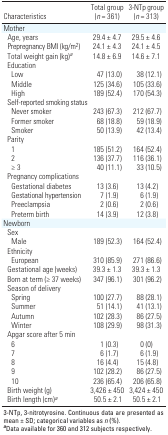
<table><thead><tr><td><b>Characteristics</b></td><td><b>Total group (<i>n </i>= 361)</b></td><td><b>3-NTp group (<i>n </i>= 313)</b></td></tr></thead><tbody><tr><td><b>Mother</b></td></tr><tr><td><b>Age, years</b></td><td>29.4 ± 4.7</td><td>29.5 ± 4.6</td></tr><tr><td><b>Prepregnancy BMI (kg/m<sup>2</sup>)</b></td><td>24.1 ± 4.3</td><td>24.1 ± 4.5</td></tr><tr><td><b>Total weight gain (kg)<sup><i>a</i></sup></b></td><td>14.8 ± 6.9</td><td>14.6 ± 7.1</td></tr><tr><td><b>Education </b></td></tr><tr><td><b>Low</b></td><td>47 (13.0)</td><td>38 (12.1)</td></tr><tr><td><b>Middle</b></td><td>125 (34.6)</td><td>105 (33.6)</td></tr><tr><td><b>High</b></td><td>189 (52.4)</td><td>170 (54.3)</td></tr><tr><td><b>Self-reported smoking status </b></td></tr><tr><td><b>Never smoker</b></td><td>243 (67.3)</td><td>212 (67.7)</td></tr><tr><td><b>Former smoker</b></td><td>68 (18.8)</td><td>59 (18.9)</td></tr><tr><td><b>Smoker</b></td><td>50 (13.9)</td><td>42 (13.4)</td></tr><tr><td><b>Parity</b></td></tr><tr><td><b>1</b></td><td>185 (51.2)</td><td>164 (52.4)</td></tr><tr><td><b>2</b></td><td>136 (37.7)</td><td>116 (36.1)</td></tr><tr><td><b>≥ 3</b></td><td>40 (11.1)</td><td>33 (10.5)</td></tr><tr><td><b>Pregnancy complications</b></td></tr><tr><td><b>Gestational diabetes</b></td><td>13 (3.6)</td><td>13 (4.2)</td></tr><tr><td><b>Gestational hypertension</b></td><td>7 (1.9)</td><td>6 (1.9)</td></tr><tr><td><b>Preeclampsia</b></td><td>2 (0.6)</td><td>2 (0.6)</td></tr><tr><td><b>Preterm birth</b></td><td>14 (3.9)</td><td>12 (3.8)</td></tr><tr><td><b>Newborn</b></td></tr><tr><td><b>Sex</b></td></tr><tr><td><b>Male </b></td><td>189 (52.3)</td><td>164 (52.4)</td></tr><tr><td><b>Ethnicity</b></td></tr><tr><td><b>European</b></td><td>310 (85.9)</td><td>271 (86.6)</td></tr><tr><td><b>Gestational age (weeks)</b></td><td>39.3 ± 1.3</td><td>39.3 ± 1.3</td></tr><tr><td><b>Born at term (≥ 37 weeks)</b></td><td>347 (96.1)</td><td>301 (96.2)</td></tr><tr><td><b>Season of delivery</b></td></tr><tr><td><b>Spring</b></td><td>100 (27.7)</td><td>88 (28.1)</td></tr><tr><td><b>Summer</b></td><td>51 (14.1)</td><td>41 (13.1)</td></tr><tr><td><b>Autumn</b></td><td>102 (28.3)</td><td>86 (27.5)</td></tr><tr><td><b>Winter</b></td><td>108 (29.9)</td><td>98 (31.3)</td></tr><tr><td><b>Apgar score after 5 min</b></td></tr><tr><td><b>6</b></td><td>1 (0.3)</td><td>0 (0)</td></tr><tr><td><b>7</b></td><td>6 (1.7)</td><td>6 (1.9)</td></tr><tr><td><b>8</b></td><td>16 (4.4)</td><td>15 (4.8)</td></tr><tr><td><b>9</b></td><td>102 (28.2)</td><td>86 (27.5)</td></tr><tr><td><b>10</b></td><td>236 (65.4)</td><td>206 (65.8)</td></tr><tr><td><b>Birth weight (g)</b></td><td>3,426 ± 450</td><td>3,424 ± 450</td></tr><tr><td><b>Birth length (cm)<sup><i>a</i></sup></b></td><td> 50.5 ± 2.1</td><td> 50.5 ± 2.1</td></tr><tr><td colspan="3">3-NTp, 3-nitrotyrosine. Continuous data are presented as mean ± SD; categorical variables as <i>n</i> (%). <sup><i><b>a</b></i></sup>Data available for 360 and 312 subjects respectively.</td></tr></tbody></table>